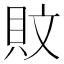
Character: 𰶹